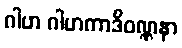
ဂါဟ ဂါဟကာဒိဝဏ္ဏနာ